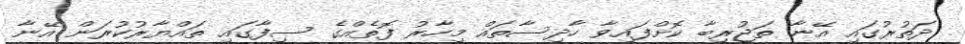
ދަތުރުގައި އޭނާ ތަޖުރިބާ ކޮށްފައިވާ ހާދިސާތައް މިހާރު ފޮތެއްގެ ސިފާގައި ތައްޔާރުކުރަން އޭނާ